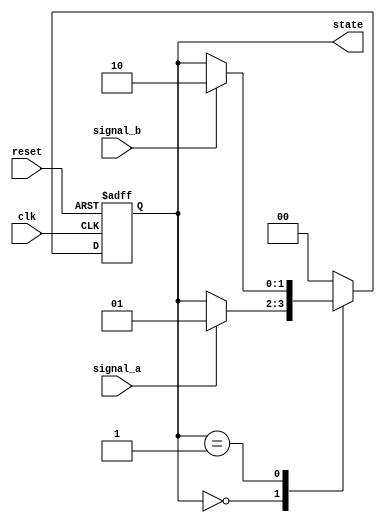
module fsm_example (
    input wire clk,         // Clock signal
    input wire reset,       // Asynchronous reset signal
    input wire signal_a,    // Input signal A
    input wire signal_b,    // Input signal B
    output reg [1:0] state  // 2-bit state output
);

// State encoding
localparam STATE_IDLE    = 2'b00;
localparam STATE_ACTIVE  = 2'b01;
localparam STATE_DONE    = 2'b10;

always @(posedge clk or posedge reset) begin
    if (reset) begin
        // Reset state
        state <= STATE_IDLE;
    end else begin
        // State transition based on input signals
        case (state)
            STATE_IDLE: begin
                if (signal_a) begin
                    state <= STATE_ACTIVE; // Transition to ACTIVE state
                end
            end
            
            STATE_ACTIVE: begin
                if (signal_b) begin
                    state <= STATE_DONE; // Transition to DONE state
                end
                // Remain in ACTIVE state if signal_b is not asserted
            end
            
            STATE_DONE: begin
                // Transition back to IDLE state after some condition, e.g., a timeout
                state <= STATE_IDLE; // For simplicity, immediately return to IDLE
            end
            
            default: begin
                state <= STATE_IDLE; // Default case to prevent latching
            end
        endcase
    end
end

endmodule